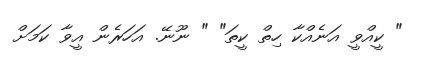
" ކީއްވީ އަނެއްކާ ހިތް ކީތަ" " ނޫނޭ. އަހަރެން އީވާ ކަމަށް